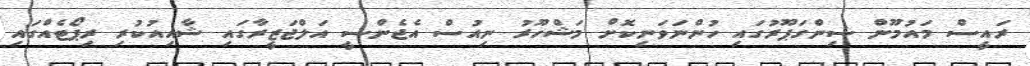
ރައީސް މައުމޫން ސިންގަޕޫރުގައި ހުންނަވަނިކޮށް މަޝްހޫރު ނިއުސް އެޖެންސީ އަލްޖަޒީރާގައި ޝާއިއުކުރި ރިޕޯޓެއްގައި